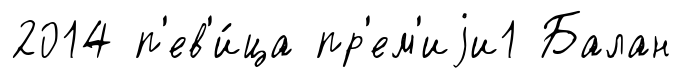
2014 п'ев'и́ца пр'ем'иjи1 Балан